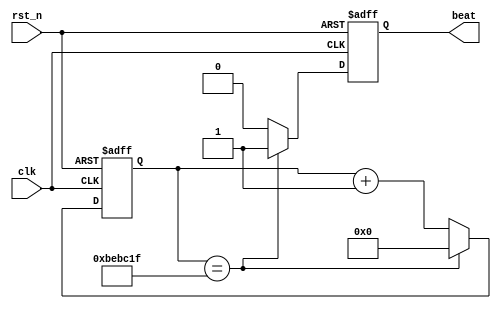
`timescale 1ns / 1ps

module beat(                           //  
    input rst_n,
    input clk,
    output reg beat
    );
//clk = 50MHz, div into 4Hz
//1 pause/ 12 5000 000 clocks
reg [24:0] cnt = 25'h0;

always@(posedge clk or negedge rst_n)
begin
    if(~rst_n)                           //
	     cnt <= 25'h0;
	 else if(cnt == 25'd12_499_999)       //
	     cnt <= 25'h0;
	 else 
	     cnt <= cnt + 25'h1;
end

always@(posedge clk or negedge rst_n)
begin
    if(~rst_n)
	     beat <= 1'b0;
	 else if(cnt == 25'd12_499_999)
	     beat <=1'b1;
	 else
	     beat <= 1'b0;                //1/4
end 

endmodule